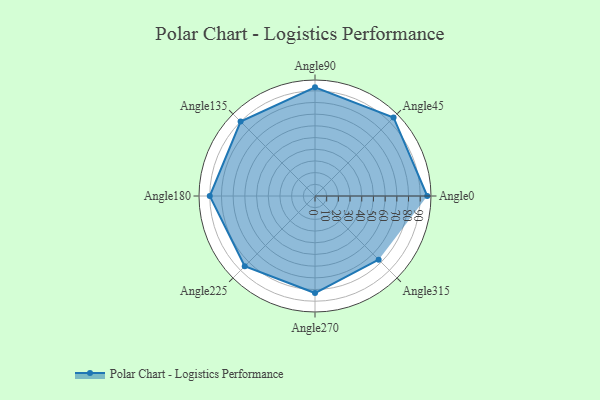
{"axis": {"x": "Angle", "y": "Radius"}, "legend": [""], "data": [{"x": "Angle0", "y": 96.0, "type": ""}, {"x": "Angle45", "y": 95.0, "type": ""}, {"x": "Angle90", "y": 93.0, "type": ""}, {"x": "Angle135", "y": 90.0, "type": ""}, {"x": "Angle180", "y": 90.0, "type": ""}, {"x": "Angle225", "y": 85.0, "type": ""}, {"x": "Angle270", "y": 83.0, "type": ""}, {"x": "Angle315", "y": 77.0, "type": ""}]}